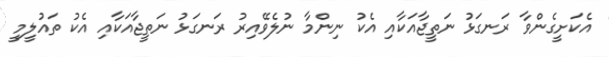
އެކަށީގެންވާ ރަނގަޅު ނަތީޖާއަކާއި އެކު ނިންމާ ނުލެވޭއިރު ރަނގަޅު ނަތީޖާއަކާއި އެކު ތައުލީމީ